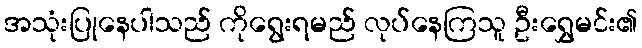
အသုံးပြုနေပါသည် ကိုရွေးရမည် လုပ်နေကြသူ ဦးရွှေမင်း၏